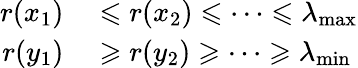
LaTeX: \begin{array}{rl}{r(x_{1})}&{{}\leqslant r(x_{2})\leqslant\cdots\leqslant\lambda_{\operatorname*{max}}}\\ {r(y_{1})}&{{}\geqslant r(y_{2})\geqslant\cdots\geqslant\lambda_{\operatorname*{min}}}\end{array}